Scientific memoirs by medical officers of the Army of India - Part X,
Year: 1897
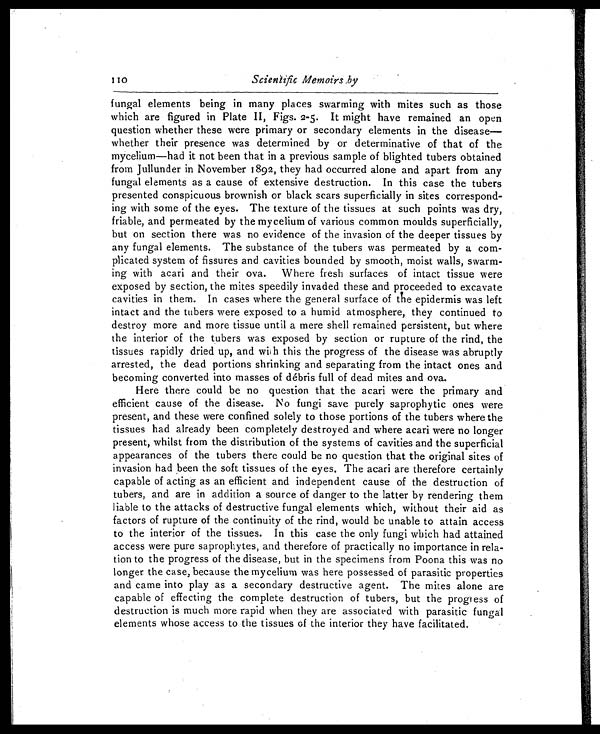
110
Scientific Memoirs by
fungal elements being in many places swarming with mites such as those
which are figured in Plate II, Figs. 2-5. It might have remained an open
question whether these were primary or secondary elements in the disease—
whether their presence was determined by or determinative of that of the
mycelium—had it not been that in a previous sample of blighted tubers obtained
from Jullunder in November 1892, they had occurred alone and apart from any
fungal elements as a cause of extensive destruction. In this case the tubers
presented conspicuous brownish or black scars superficially in sites correspond
-
ing with some of the eyes. The texture of the tissues at such points was dry,
friable, and permeated by the mycelium of various common moulds superficially,
but on section there was no evidence of the invasion of the deeper tissues by
any fungal elements. The substance of the tubers was permeated by a com
-
plicated system of fissures and cavities bounded by smooth, moist walls, swarm
-
ing with acari and their ova. Where fresh surfaces of intact tissue were
exposed by section, the mites speedily invaded these and proceeded to excavate
cavities in them. In cases where the general surface of the epidermis was left
intact and the tubers were exposed to a humid atmosphere, they continued to
destroy more and more tissue until a mere shell remained persistent, but where
the interior of the tubers was exposed by section or rupture of the rind, the
tissues rapidly dried up, and with this the progress of the disease was abruptly
arrested, the dead portions shrinking and separating from the intact ones and
becoming converted into masses of débris full of dead mites and ova.
Here there could be no question that the acari were the primary and
efficient cause of the disease. No fungi save purely saprophytic ones were
present, and these were confined solely to those portions of the tubers where the
tissues had already been completely destroyed and where acari were no longer
present, whilst from the distribution of the systems of cavities and the superficial
appearances of the tubers there could be no question that the original sites of
invasion had been the soft tissues of the eyes. The acari are therefore certainly
capable of acting as an efficient and independent cause of the destruction of
tubers, and are in addition a source of danger to the latter by rendering them
liable to the attacks of destructive fungal elements which, without their aid as
factors of rupture of the continuity of the rind, would be unable to attain access
to the interior of the tissues. In this case the only fungi which had attained
access were pure saprophytes, and therefore of practically no importance in rela
-
tion to the progress of the disease, but in the specimens from Poona this was no
longer the case, because the mycelium was here possessed of parasitic properties
and came into play as a secondary destructive agent. The mites alone are
capable of effecting the complete destruction of tubers, but the progress of
destruction is much more rapid when they are associated with parasitic fungal
elements whose access to the tissues of the interior they have facilitated.